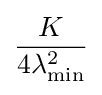
{\frac {K}{4\lambda _{\text{min}}^{2}}}